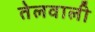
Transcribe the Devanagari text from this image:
तेलवाली